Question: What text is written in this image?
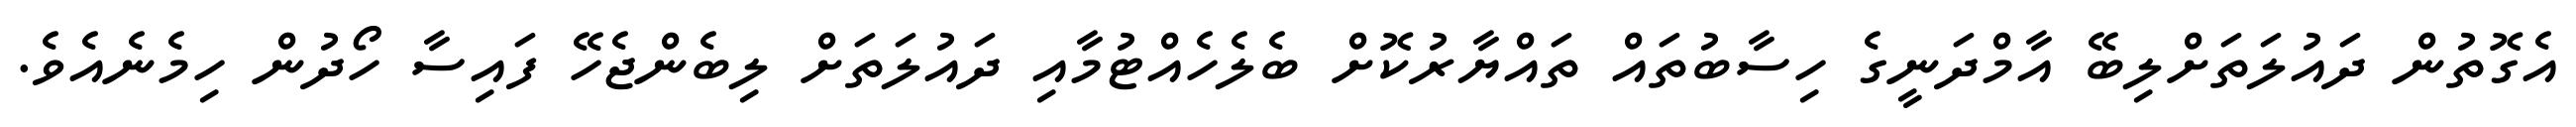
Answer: އެގޮތުން ދައުލަތަށްލިބޭ އާމްދަނީގެ ހިސާބުތައް ތައްޔާރުކޮށް ބެލެހެއްޓުމާއި ދައުލަތަށް ލިބެންޖެހޭ ފައިސާ ހޯދުން ހިމެނެއެވެ.